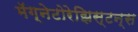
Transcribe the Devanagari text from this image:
मॅग्नेटोरेझिस्टन्स